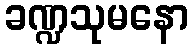
ခဏ္ဍသုမနော